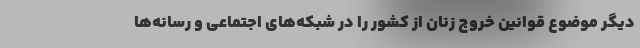
دیگر موضوع قوانین خروج زنان از کشور را در شبکه‌های اجتماعی و رسانه‌ها